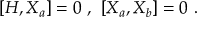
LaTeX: [ H , X _ { a } ] = 0 \ , \ [ X _ { a } , X _ { b } ] = 0 \ .